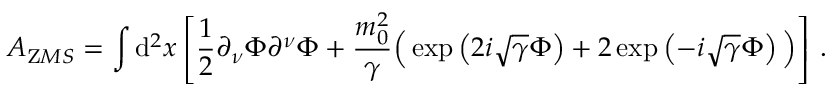
{ \cal A } _ { \mathrm Z M S } = \int { \mathrm d } ^ { 2 } x \left[ \frac { 1 } { 2 } \partial _ { \nu } \Phi \partial ^ { \nu } \Phi + \frac { m _ { 0 } ^ { 2 } } { \gamma } \Big ( \exp \left( 2 i \sqrt { \gamma } \Phi \right) + 2 \exp \left( - i \sqrt { \gamma } \Phi \right) \Big ) \right] \, .